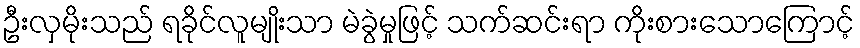
ဦးလှမိုးသည် ရခိုင်လူမျိုးသာ မဲခွဲမှုဖြင့် သက်ဆင်းရာ ကိုးစားသောကြောင့်